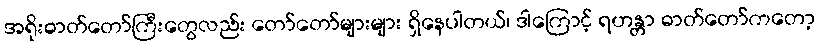
အရိုးဓာတ်တော်ကြီးတွေလည်း တော်တော်များများ ရှိနေပါတယ်၊ ဒါကြောင့် ရဟန္တာ ဓာတ်တော်ကတော့